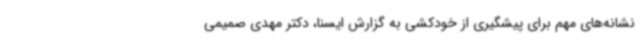
نشانه‌های مهم برای پیشگیری از خودکشی به گزارش ایسنا، دکتر مهدی صمیمی